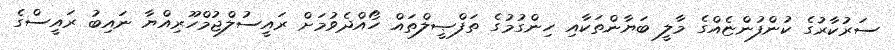
ސަރުކާރުގެ ކުންފުންޏެއްގެ މާލީ ބަޔާންތަކާއި ހިންގުމުގެ ތަފްޞީލްތައް ހޯއްދެވުމަށް ރައީސުލްޖުމްހޫރިއްޔާ ނައިބު ރައީސްގެ